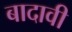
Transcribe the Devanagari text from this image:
बादावी